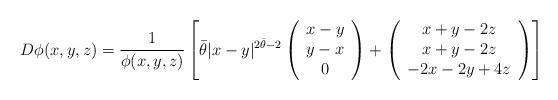
LaTeX: \begin{align*}D\phi(x,y,z)=\frac{1}{\phi(x,y,z)}\left[\bar{\theta}|x-y|^{2\bar{\theta}-2}\left( \begin{array}{c} x-y \\ y-x \\ 0 \end{array}\right)+\left( \begin{array}{c} x+y-2z \\ x+y-2z \\ -2x-2y+4z \end{array}\right)\right]\end{align*}